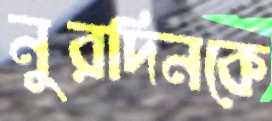
নুরদিনকে